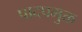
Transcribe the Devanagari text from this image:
पादपमुक्त